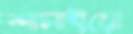
শাসাইয়ো